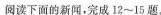
阅读下面的新闻，完成12~15题。